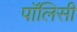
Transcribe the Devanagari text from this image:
पाॅलिसी